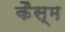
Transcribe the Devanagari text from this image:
कैस्म